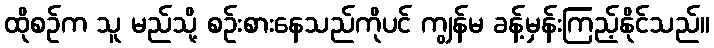
ထိုစဉ်က သူ မည်သို့ စဉ်းစားနေသည်ကိုပင် ကျွန်မ ခန့်မှန်းကြည့်နိုင်သည်။